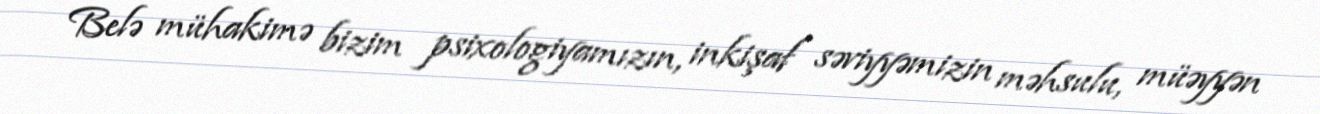
Belə mühakimə bizim psixologiyamızın, inkişaf səviyyəmizin məhsulu, müəyyən